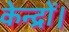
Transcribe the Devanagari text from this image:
केन्द्रों।